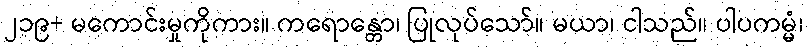
၂၁၉+ မကောင်းမှုကိုကား။ ကရောန္တော၊ ပြုလုပ်သော်။ မယာ၊ ငါသည်။ ပါပကမ္မံ၊